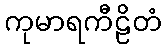
ကုမာရကီဠိတံ